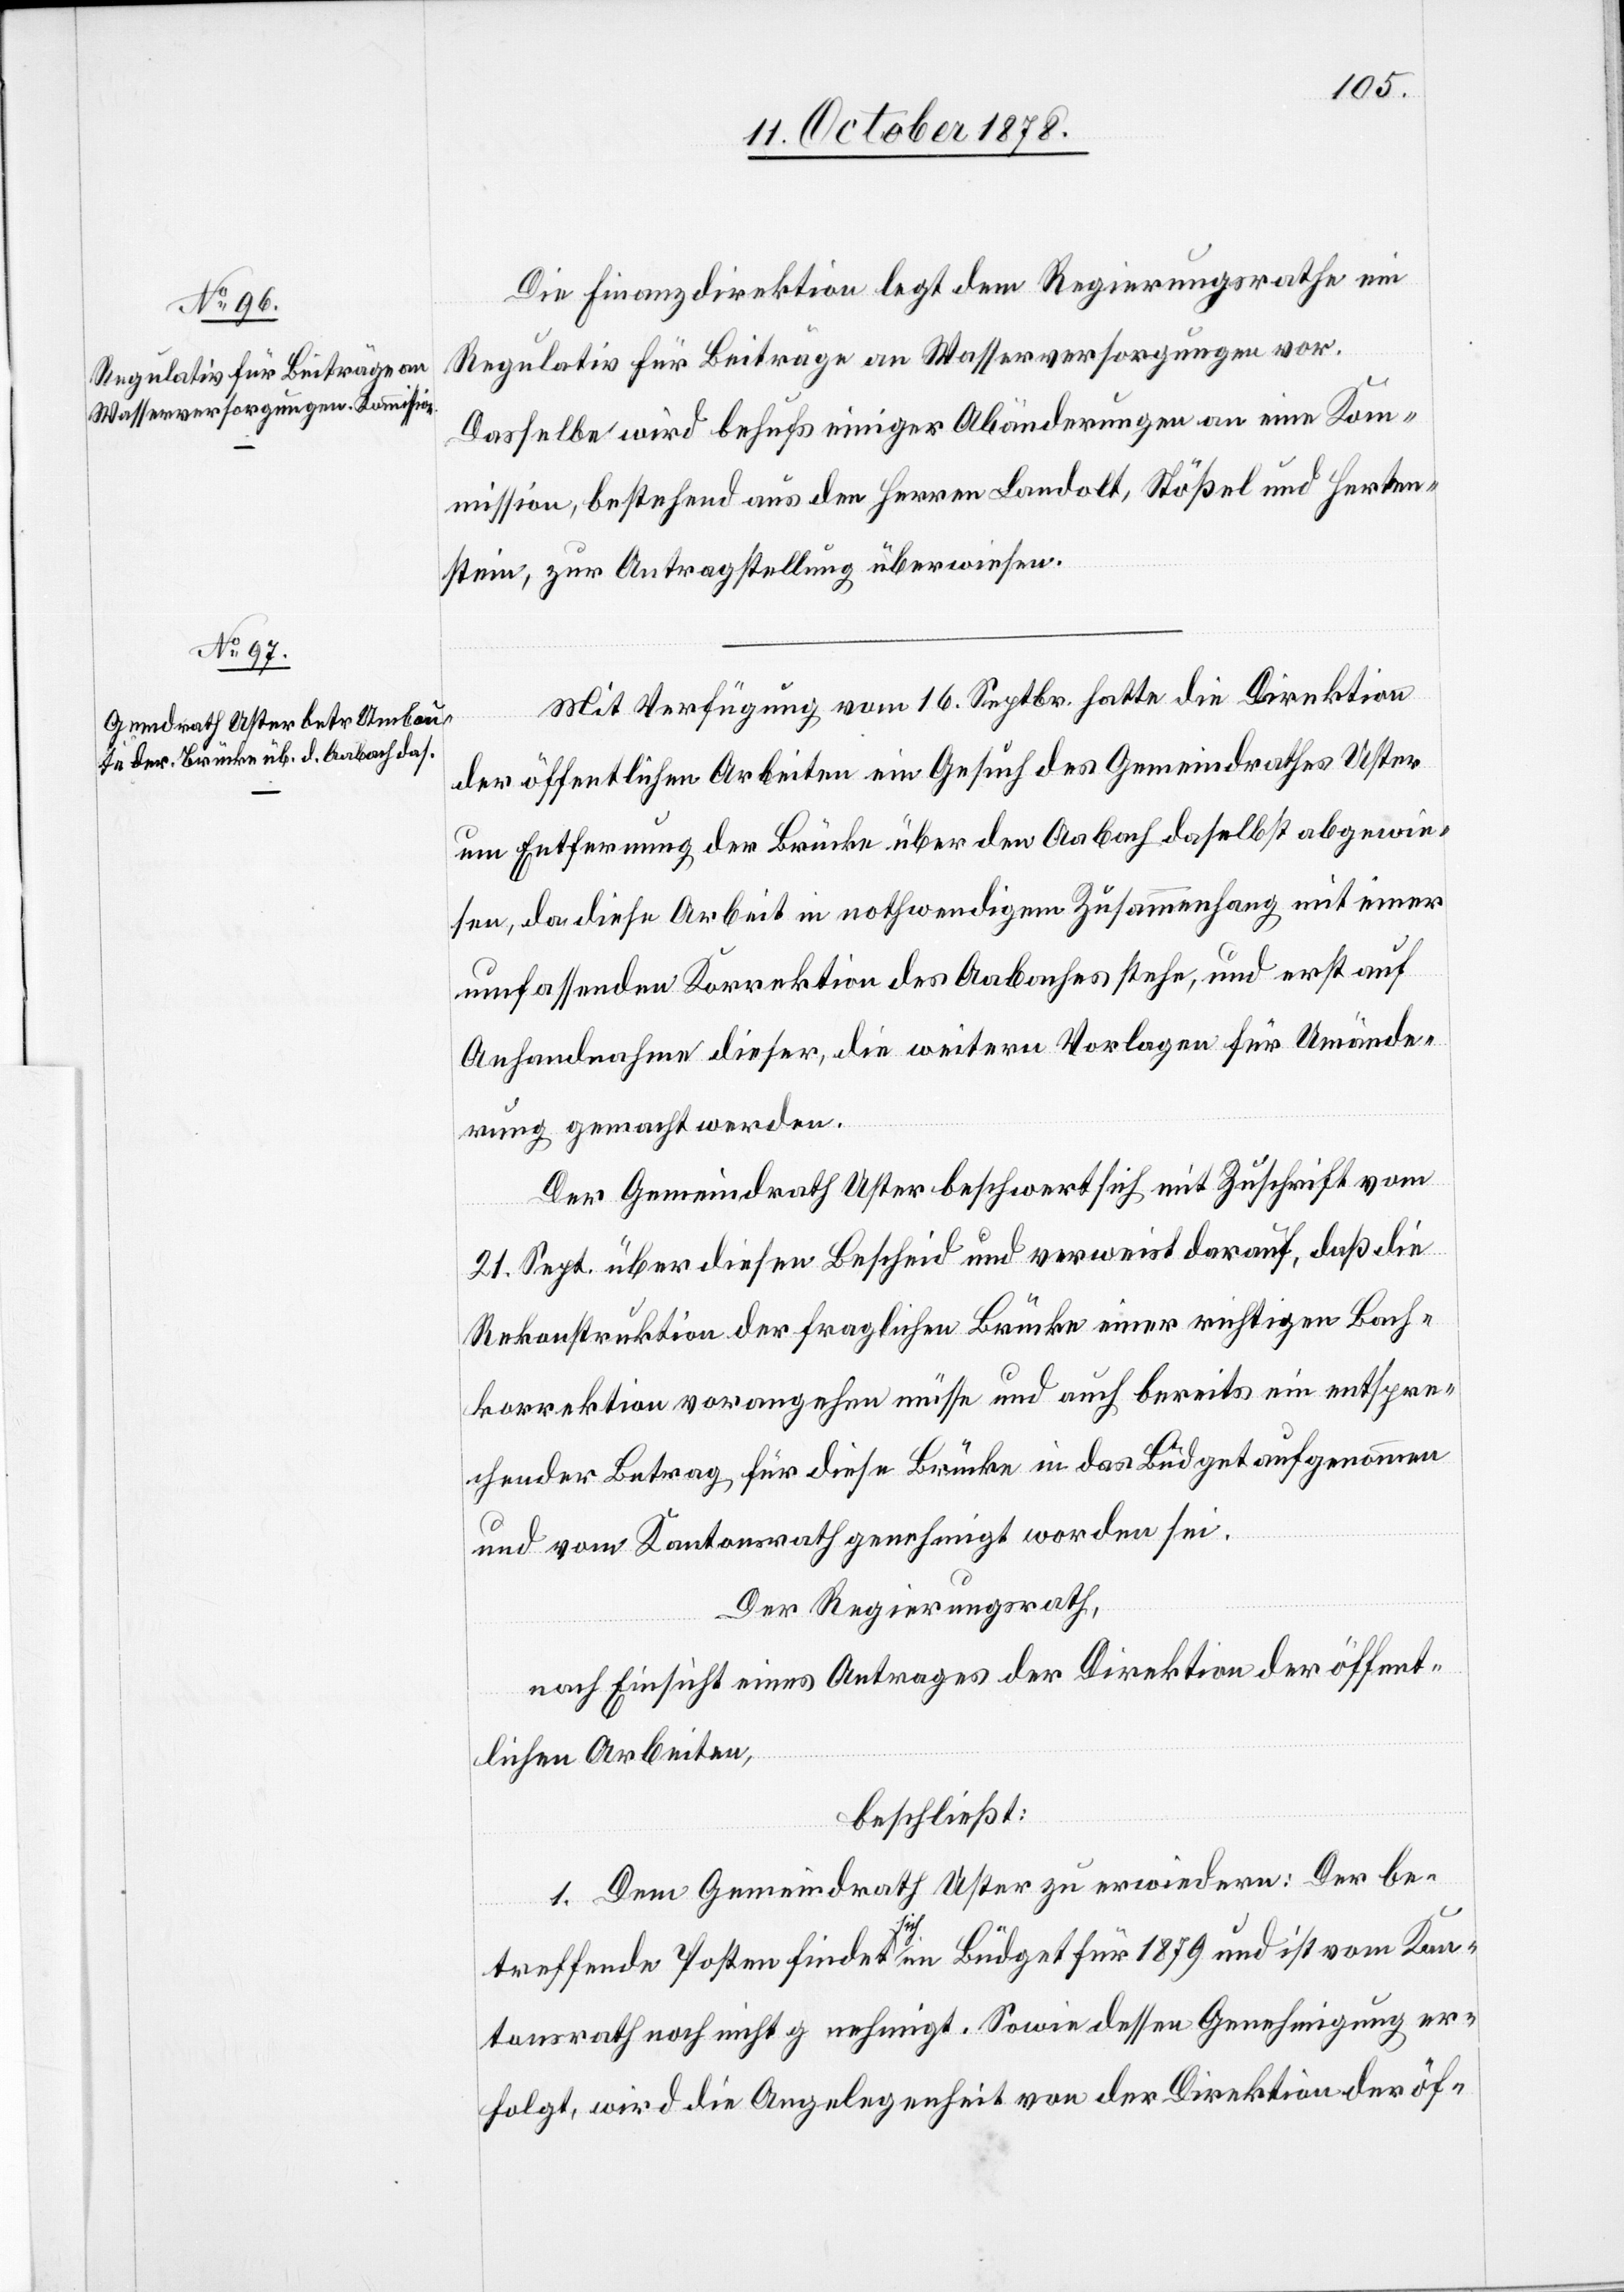
Die Finanzdirektion legt dem Regierungsrathe ein
Regulativ für Beiträge an Wasserversorgungen vor.
Dasselbe wird behufs einiger Abänderungen an eine Kom¬
mission, bestehend aus den Herren Landolt, Stößel und Herten¬
stein, zur Antragstellung überwiesen.
Mit Verfügung vom 16. Septbr. hatte die Direktion
der öffentlichen Arbeiten ein Gesuch des Gemeindrathes Uster
um Entfernung der Brücke über den Aabach daselbst abgewie¬
sen, da diese Arbeit in nothwendigem Zusammenhang mit einer
umfassenden Korrektion des Aabaches stehe, und erst auf
Anhandnahme dieser, die weitern Vorlagen für Umände¬
rung gemacht werden.
Der Gemeindrath Uster beschwert sich mit Zuschrift vom
21. Sept. über diesen Bescheid und verweist darauf, daß die
Rekonstruktion der fraglichen Brücke einer richtigen Bach¬
korrektion vorangehen müsse und auch bereits ein entspre¬
chender Betrag für diese Brücke in das Büdget aufgenommen
und vom Kantonsrath genehmigt worden sei.
Der Regierungsrath,
nach Einsicht eines Antrages der Direktion der öffent¬
lichen Arbeiten,
beschließt:
1. Dem Gemeindrath Uster zu erwiedern: Der be¬
treffende Posten findet sich im Büdget für 1879 und ist vom Kan¬
tonsrath noch nicht genehmigt. Sowie dessen Genehmigung er¬
folgt, wird die Angelegenheit von der Direktion der öf-